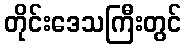
တိုင်းဒေသကြီးတွင်